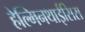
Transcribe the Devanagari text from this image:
हेल्मिनथाईसिस